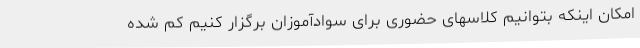
امکان اینکه بتوانیم کلاسهای حضوری برای سوادآموزان برگزار کنیم کم شده